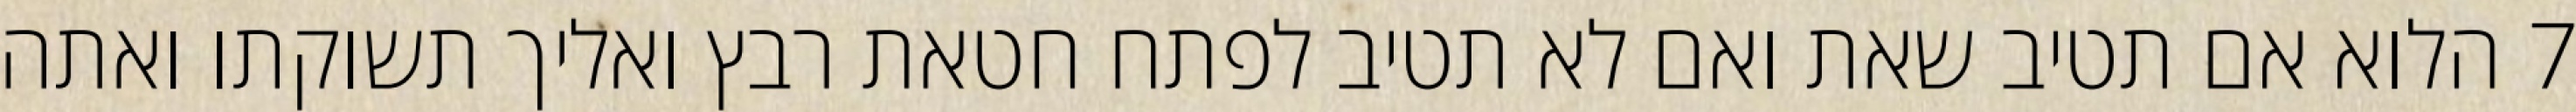
‎7‏ הלוא אם תטיב שאת ואם לא תטיב לפתח חטאת רבץ ואליך תשוקתו ואתה